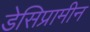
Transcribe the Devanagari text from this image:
डेसिप्रामीन